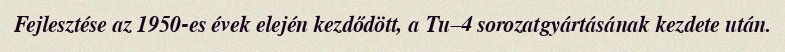
Fejlesztése az 1950-es évek elején kezdődött, a Tu–4 sorozatgyártásának kezdete után.